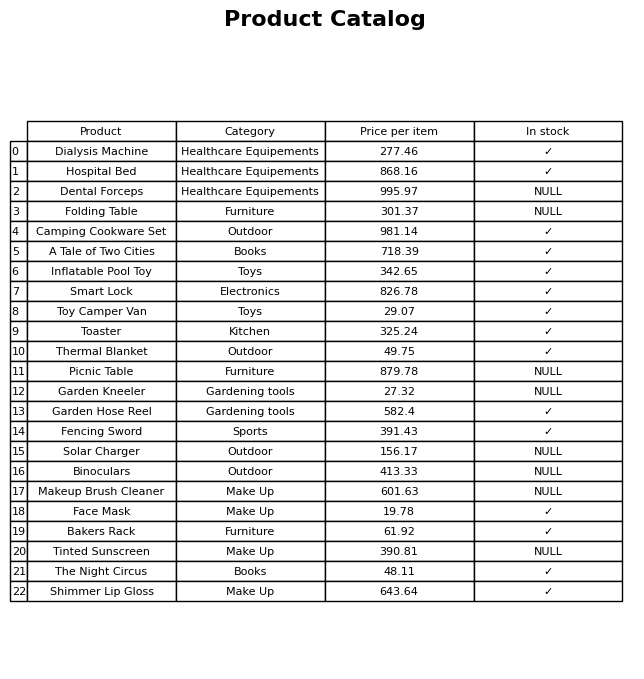
question: What is the price of the Makeup Brush Cleaner?
answer: The price of Makeup Brush Cleaner is 601.63.